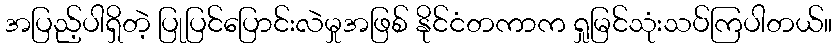
အပြည့်ပါရှိတဲ့ ပြုပြင်ပြောင်းလဲမှုအဖြစ် နိုင်ငံတကာက ရှုမြင်သုံးသပ်ကြပါတယ်။